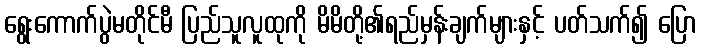
ရွေးကောက်ပွဲမတိုင်မီ ပြည်သူလူထုကို မိမိတို့၏ရည်မှန်းချက်များနှင့် ပတ်သက်၍ ပြော